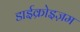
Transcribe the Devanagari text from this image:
डाईक्रोइज़म